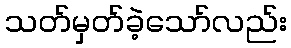
သတ်မှတ်ခဲ့သော်လည်း